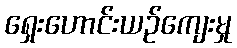
ရှေးဟောင်းယဉ်ကျေးမှု